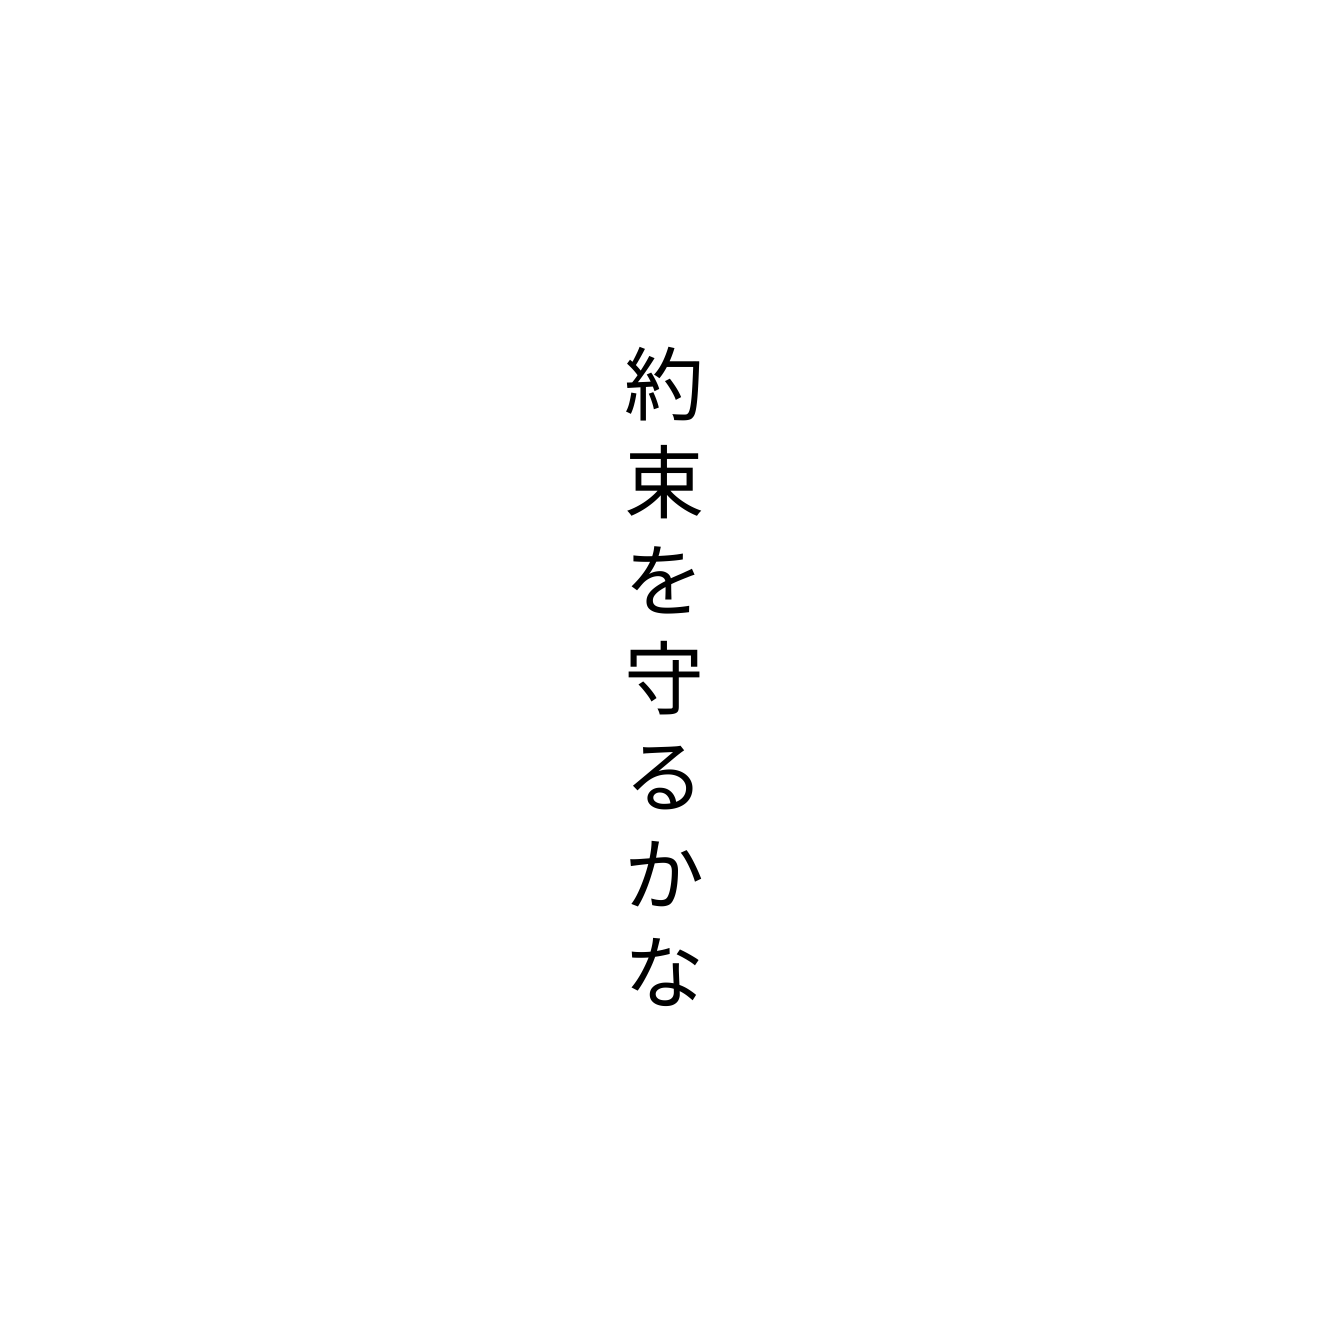
約束を守るかな